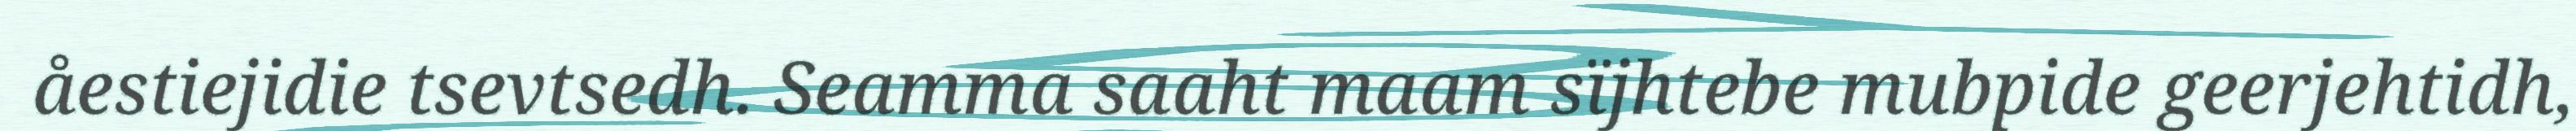
åestiejidie tsevtsedh. Seamma saaht maam sïjhtebe mubpide geerjehtidh,